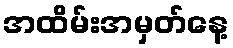
အထိမ်းအမှတ်နေ့